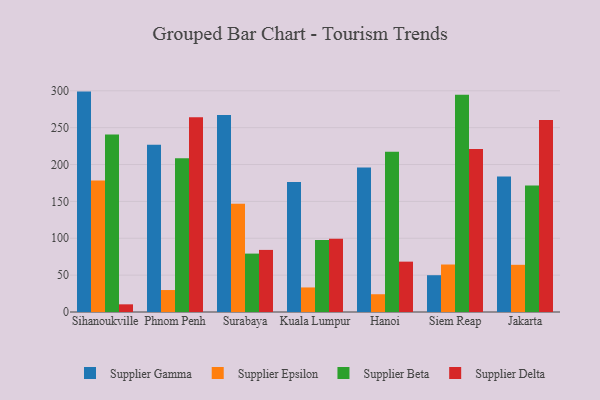
{"axis": {"x": "City", "y": "Website Visitors"}, "legend": ["Supplier Beta", "Supplier Delta", "Supplier Epsilon", "Supplier Gamma"], "data": [{"x": "Sihanoukville", "y": 298.9, "type": "Supplier Gamma"}, {"x": "Sihanoukville", "y": 178.2, "type": "Supplier Epsilon"}, {"x": "Sihanoukville", "y": 240.6, "type": "Supplier Beta"}, {"x": "Sihanoukville", "y": 10.4, "type": "Supplier Delta"}, {"x": "Phnom Penh", "y": 226.9, "type": "Supplier Gamma"}, {"x": "Phnom Penh", "y": 29.8, "type": "Supplier Epsilon"}, {"x": "Phnom Penh", "y": 208.4, "type": "Supplier Beta"}, {"x": "Phnom Penh", "y": 264.1, "type": "Supplier Delta"}, {"x": "Surabaya", "y": 267.2, "type": "Supplier Gamma"}, {"x": "Surabaya", "y": 146.9, "type": "Supplier Epsilon"}, {"x": "Surabaya", "y": 79.2, "type": "Supplier Beta"}, {"x": "Surabaya", "y": 84.2, "type": "Supplier Delta"}, {"x": "Kuala Lumpur", "y": 176.2, "type": "Supplier Gamma"}, {"x": "Kuala Lumpur", "y": 33.3, "type": "Supplier Epsilon"}, {"x": "Kuala Lumpur", "y": 97.6, "type": "Supplier Beta"}, {"x": "Kuala Lumpur", "y": 99.3, "type": "Supplier Delta"}, {"x": "Hanoi", "y": 196.1, "type": "Supplier Gamma"}, {"x": "Hanoi", "y": 24.1, "type": "Supplier Epsilon"}, {"x": "Hanoi", "y": 217.2, "type": "Supplier Beta"}, {"x": "Hanoi", "y": 68.3, "type": "Supplier Delta"}, {"x": "Siem Reap", "y": 49.9, "type": "Supplier Gamma"}, {"x": "Siem Reap", "y": 64.4, "type": "Supplier Epsilon"}, {"x": "Siem Reap", "y": 294.6, "type": "Supplier Beta"}, {"x": "Siem Reap", "y": 221.0, "type": "Supplier Delta"}, {"x": "Jakarta", "y": 183.6, "type": "Supplier Gamma"}, {"x": "Jakarta", "y": 64.0, "type": "Supplier Epsilon"}, {"x": "Jakarta", "y": 171.4, "type": "Supplier Beta"}, {"x": "Jakarta", "y": 260.3, "type": "Supplier Delta"}]}